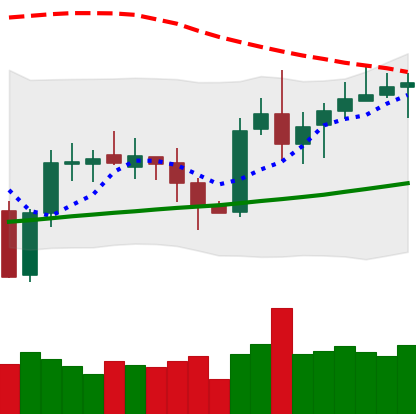
Ticker: XRP-USD
Chart end date: 2020-10-12
Forward return: -6.05%
Label: down_5_7